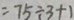
= 7 5 \div 3 + 1